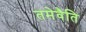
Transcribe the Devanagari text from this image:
तमेवैति